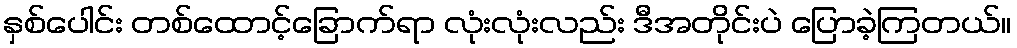
နှစ်ပေါင်း တစ်ထောင့်ခြောက်ရာ လုံးလုံးလည်း ဒီအတိုင်းပဲ ပြောခဲ့ကြတယ်။